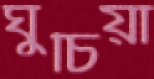
ঘুচিয়া